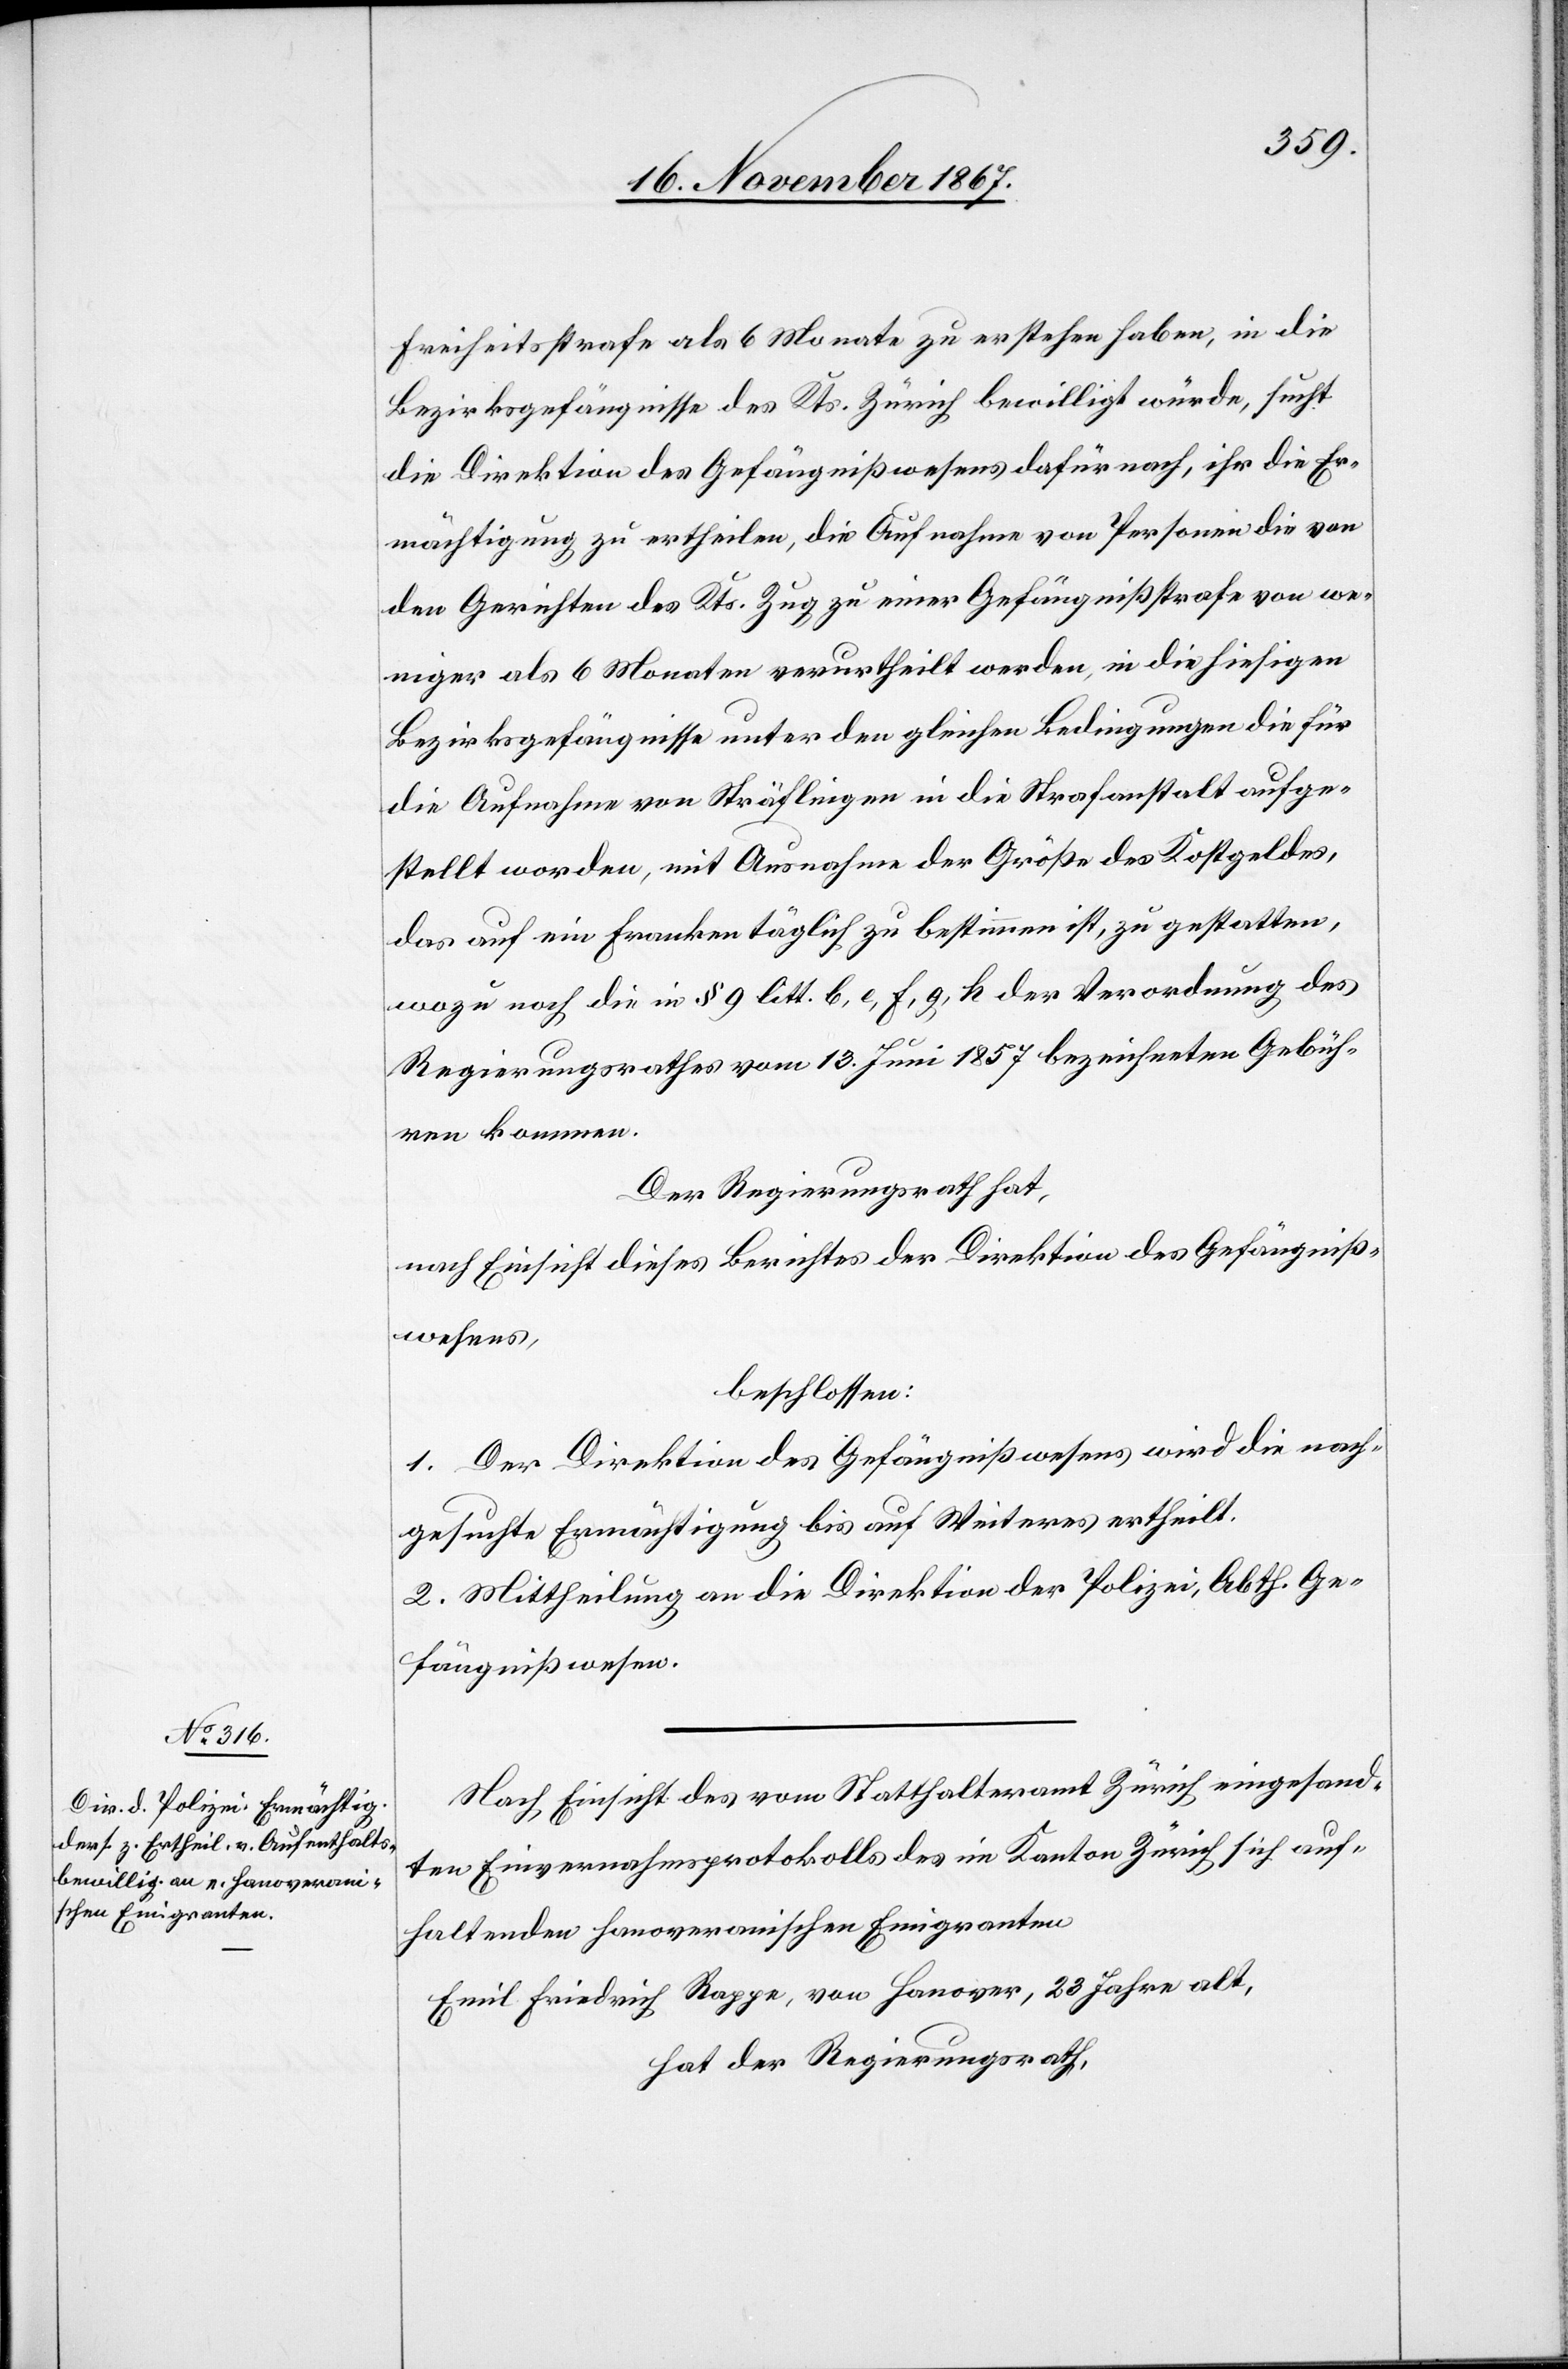
Freiheitsstrafe als 6 Monate zu erstehen haben, in die
Bezirksgefängnisse des Kts. Zürich bewilligt würde, sucht
die Direktion des Gefängnißwesens dafür nach, ihr die Er¬
mächtigung zu ertheilen, die Aufnahme von Personen die von
den Gerichten des Kts. Zug zu einer Gefängnißstrafe von we¬
niger als 6 Monaten verurtheilt werden, in die hiesigen
Bezirksgefängnisse unter den gleichen Bedingungen die für
die Aufnahme von Sträflingen in die Strafanstalt aufge¬
stellt worden, mit Ausnahme der Größe des Kostgeldes,
da auf ein Franken täglich zu bestimmen ist, zu gestatten,
wozu noch die in § 9 litt. b, e, f, g, k der Verordnung des
Regierungsrathes vom 13. Juni 1857 bezeichneten Gebüh¬
ren kommen.
Der Regierungsrath hat,
nach Einsicht eines Antrages der Direktion des Gefängniß¬
wesens,
beschlossen:
1. Der Direktion des Gefängnißwesens wird die nach¬
gesuchte Ermächtigung bis auf Weiteres ertheilt.
2. Mittheilung an die Direktion der Polizei, Abth. Ge¬
fängnißwesen.
Nach Einsicht des vom Statthalteramt Zürich eingesand¬
ten Einvernahmsprotokolls des im Kanton Zürich sich auf¬
haltenden hanoveranischen Emigranten
Emil Friedrich Rappe, von Hanover, 23 Jahre alt,
hat der Regierungsrath,